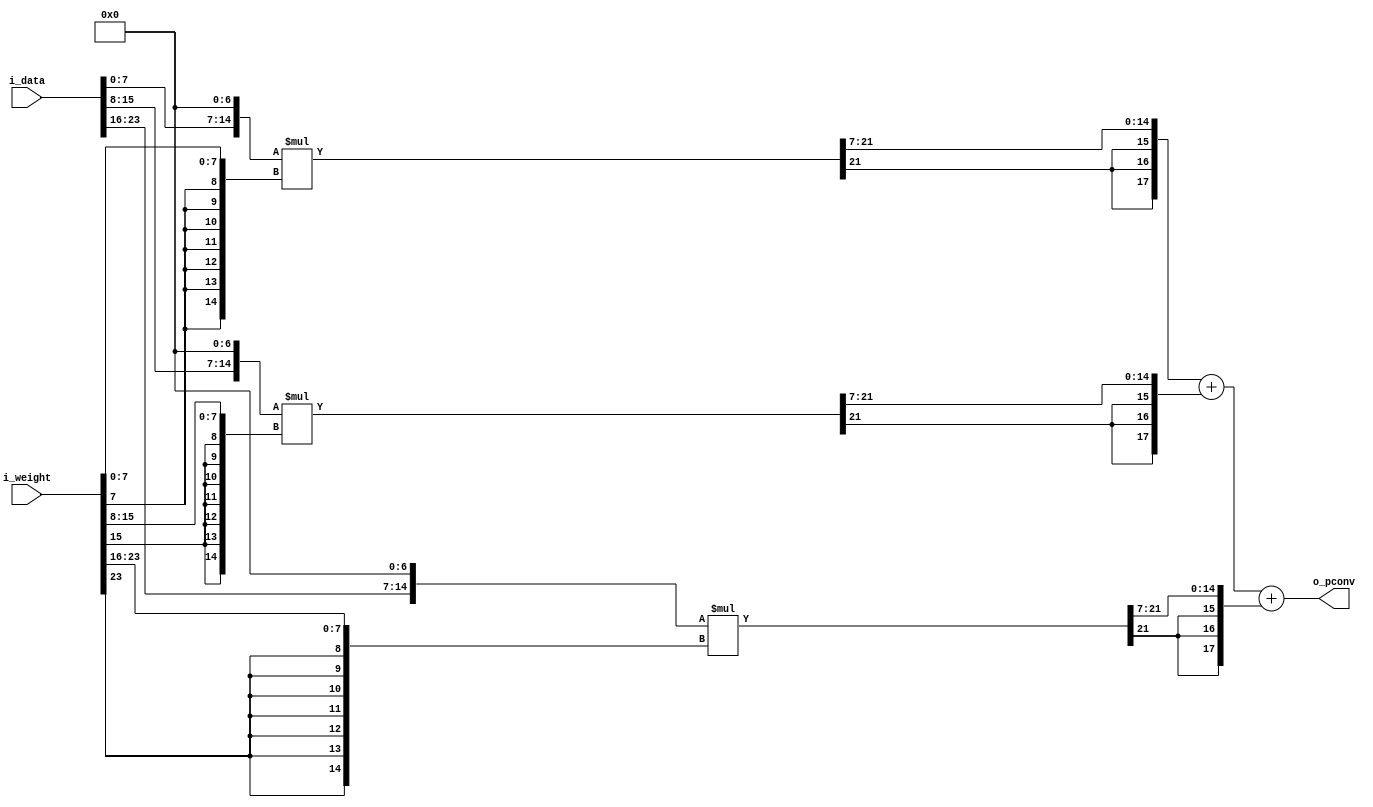
`define INPUT_LEN 8
`define DATA_LEN 15
`define WEIGHT_LEN 15
`define CORE_NUM 3
`define PCONV_LEN 18

module partial_conv (
    input  [`INPUT_LEN*`CORE_NUM-1:0] i_data,
    input  [`INPUT_LEN*`CORE_NUM-1:0] i_weight,
    output [`PCONV_LEN-1:0]           o_pconv
);
wire        [`DATA_LEN-1:0] data_0, data_1, data_2;
wire signed [`WEIGHT_LEN-1:0] weight_0, weight_1, weight_2;
wire signed [`DATA_LEN+`WEIGHT_LEN-1:0] product_0_temp, product_1_temp, product_2_temp;
wire        [`DATA_LEN-1:0] product_0, product_1, product_2;
wire        [`PCONV_LEN-1:0] product_0_ext, product_1_ext, product_2_ext;

assign data_0 = {i_data[`INPUT_LEN*0+:`INPUT_LEN], 7'b0};
assign data_1 = {i_data[`INPUT_LEN*1+:`INPUT_LEN], 7'b0};
assign data_2 = {i_data[`INPUT_LEN*2+:`INPUT_LEN], 7'b0};
assign weight_0 = {{7{i_weight[`INPUT_LEN*1-1]}}, i_weight[`INPUT_LEN*0+:`INPUT_LEN]};
assign weight_1 = {{7{i_weight[`INPUT_LEN*2-1]}}, i_weight[`INPUT_LEN*1+:`INPUT_LEN]};
assign weight_2 = {{7{i_weight[`INPUT_LEN*3-1]}}, i_weight[`INPUT_LEN*2+:`INPUT_LEN]};
//Mult
assign product_0_temp = data_0 * weight_0;
assign product_1_temp = data_1 * weight_1;
assign product_2_temp = data_2 * weight_2;

assign product_0 = product_0_temp[`DATA_LEN+`WEIGHT_LEN-9:7];
assign product_1 = product_1_temp[`DATA_LEN+`WEIGHT_LEN-9:7];
assign product_2 = product_2_temp[`DATA_LEN+`WEIGHT_LEN-9:7];
//Sign Extend
assign product_0_ext = {{3{product_0[`DATA_LEN-1]}}, product_0};
assign product_1_ext = {{3{product_1[`DATA_LEN-1]}}, product_1};
assign product_2_ext = {{3{product_2[`DATA_LEN-1]}}, product_2};
//Add
assign o_pconv = product_0_ext + product_1_ext + product_2_ext;

endmodule